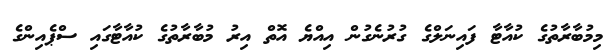
މިމުބާރާތުގެ ކުއާޓާ ފައިނަލްގެ ގުރުނެގުން އިއްޔެ އޮތް އިރު މުބާރާތުގެ ކުއާޓާގައި ސްޕެއިންގެ